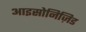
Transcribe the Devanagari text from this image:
आइसोनिज़िड